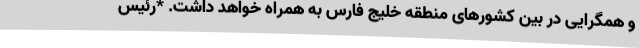
و همگرایی در بین کشورهای منطقه خلیج فارس به همراه خواهد داشت. *رئیس